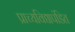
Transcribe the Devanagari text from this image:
प्राच्यविद्यापंडित